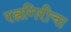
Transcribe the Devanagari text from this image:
रत्नगिरीचा